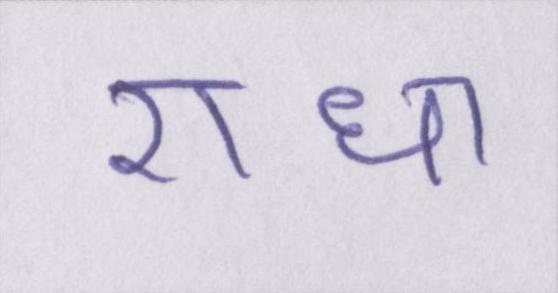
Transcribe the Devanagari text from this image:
राधा